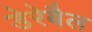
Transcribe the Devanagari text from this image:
डेरेबैल